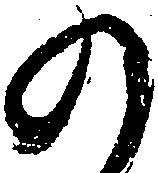
の